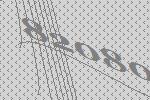
82080